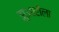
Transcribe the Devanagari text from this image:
झुआरीला